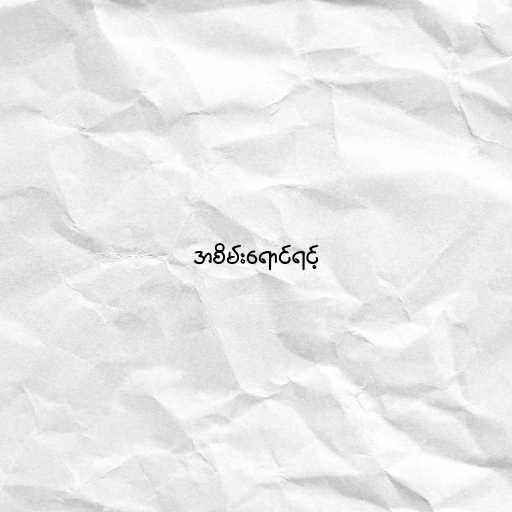
အစိမ်းရောင်ရင့်